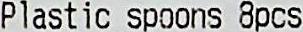
PLASTIC SPOONS 8PCS